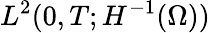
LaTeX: L^{2}(0,T;H^{-1}(\Omega))